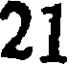
21